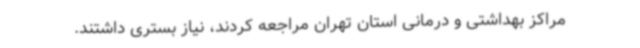
مراکز بهداشتی و درمانی استان تهران مراجعه کردند، نیاز بستری داشتند.